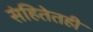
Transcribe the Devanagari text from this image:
संहितेतही